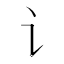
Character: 讠